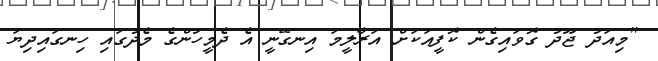
"މިއަދު ޖޫދު ގޮވައިގެން ކޮފީއަކަށް އަރާލީމަ އިނގޭނީ އެ ދެމީހުންގެ މެދުގައި ހިނގައިދިޔަ